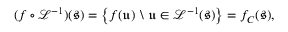
( f \circ \mathcal { L } ^ { - 1 } ) ( \mathfrak { s } ) = \left\{ f ( \mathfrak { u } ) \ \backslash \ \mathfrak { u } \in \mathcal { L } ^ { - 1 } ( \mathfrak { s } ) \right\} = f _ { C } ( \mathfrak { s } ) ,